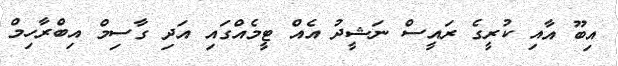
އިބޫ އާއި ކުރީގެ ރައީސް ނަޝީދު އެއް ޓީމެއްގައި އަދި ގާސިމް އިބްރާހިމް